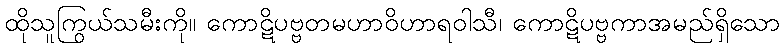
ထိုသူကြွယ်သမီးကို။ ကောဋိပဗ္ဗတမဟာဝိဟာရဝါသီ၊ ကောဋိပဗ္ဗကာအမည်ရှိသော